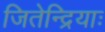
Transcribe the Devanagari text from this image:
जितेन्द्रियाः